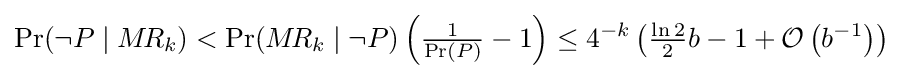
\Pr(\lnot P\mid M\!R_{k})<\Pr(M\!R_{k}\mid \lnot P)\left({\tfrac {1}{\Pr(P)}}-1\right)\leq 4^{-k}\left({\tfrac {\ln 2}{2}}b-1+{\mathcal {O}}\left(b^{-1}\right)\right)